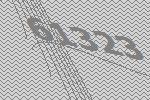
61323